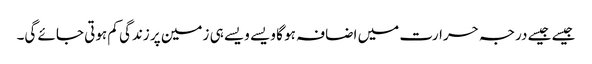
جیسے جیسے درجہ حرارت میں اضافہ ہو گا ویسے ویسے ہی زمین پر زندگی کم ہوتی جائے گی۔